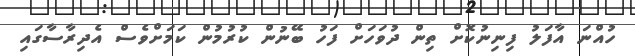
ހުއްނަ އާފަލު ފިނިނުކޮށް ތިން ދުވަހަށް ފަހު ބޭނުން ކުރުމުން ކަމަށްވެސް އެދިރާސާގައި